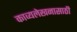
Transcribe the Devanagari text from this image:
काव्यलेखनासाठी